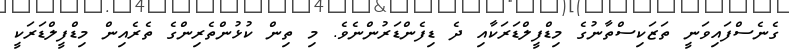
ގެނެސްފައިވަނީ ތަޒަކިސްތާނުގެ މިޑްފީލްޑަރަކާއި ދެ ޑިފެންޑަރުންނެވެ. މި ތިން ކުޅުންތެރިންގެ ތެރެއިން މިޑްފީލްޑަރަކީ